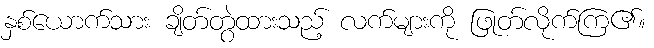
နှစ်ယောက်သား ချိတ်တွဲထားသည့် လက်များကို ဖြုတ်လိုက်ကြ၏။